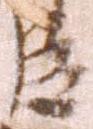
臣